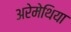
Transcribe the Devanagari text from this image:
अरेमेथिया